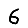
Digit: 6